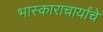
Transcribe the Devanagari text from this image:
भास्काराचार्यांचे